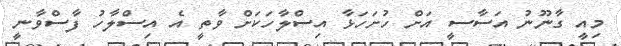
މިއީ ގާނޫނު އަސާސީ އަށް ހުށަހަޅާ އިސްލާހަކަށް ވާތީ އެ އިސްލާހު ފާސްވާނީ